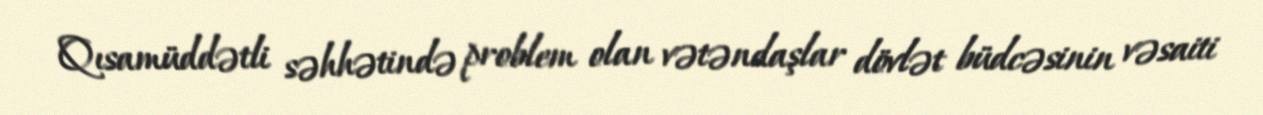
Qısamüddətli səhhətində problem olan vətəndaşlar dövlət büdcəsinin vəsaiti